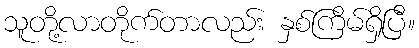
သူတို့လာတိုက်တာလည်း နှစ်ကြိမ်ရှိပြီ။